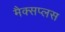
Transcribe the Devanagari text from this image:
मैक्सप्लस